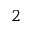
2